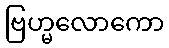
ဗြဟ္မလောကော